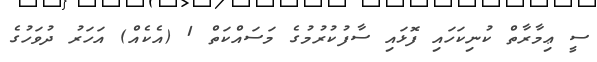
ސީ ޢިމާރާތް ކުނިކަހައި ފޮޅައި ސާފުކުރުމުގެ މަސައްކަތް 1 (އެކެއް) އަހަރު ދުވަހުގެ